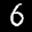
Label: 6